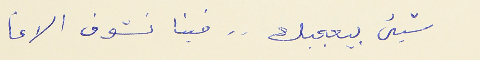
شيء بيعجبك . . فينا نشوف الاغا